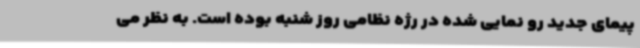
پیمای جدید رو نمایی شده در رژه نظامی روز شنبه بوده است. به نظر می